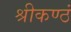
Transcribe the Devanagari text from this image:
श्रीकण्ठं